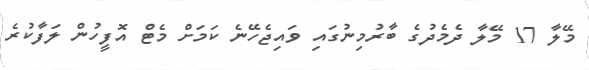
މޭލާ 17 މޭލާ ދެމެދުގެ ބާރުމިނުގައި ވައިޖެހޭނެ ކަމަށް މެޓް އޮފީހުން ލަފާކުރެ